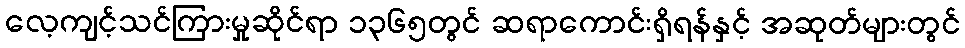
လေ့ကျင့်သင်ကြားမှုဆိုင်ရာ ၁၃၆၅တွင် ဆရာကောင်းရှိရန်နှင့် အဆုတ်များတွင်